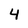
Character: 4